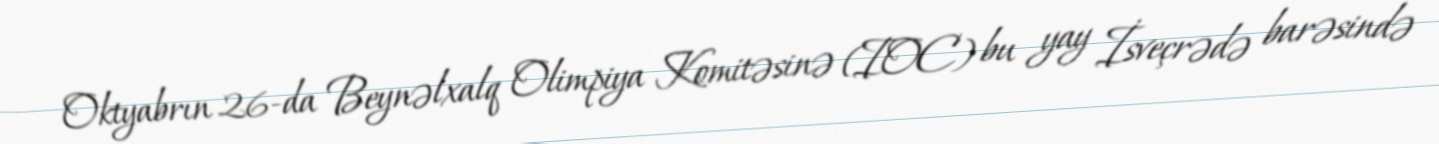
Oktyabrın 26-da Beynəlxalq Olimpiya Komitəsinə (IOC) bu yay İsveçrədə barəsində